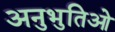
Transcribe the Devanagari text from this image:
अनुभुतिओ